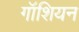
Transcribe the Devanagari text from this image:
गॉशियन